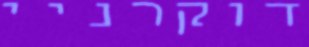
דוקרניי